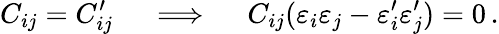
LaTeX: C_{ij}=C_{ij}^{\prime}\quad\implies\quad C_{ij}(\varepsilon_{i}\varepsilon_{j}-\varepsilon_{i}^{\prime}\varepsilon_{j}^{\prime})=0\, .